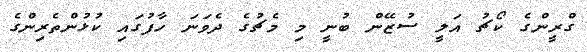
ގްރީންގެ ކޯޗު އަލީ ސުޒޭން ބުނީ މި މެޗުގެ ދެވަނަ ހާފުގައި ކުޅުންތެރިންގެ